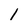
Character: 1